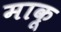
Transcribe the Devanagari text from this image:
माकू